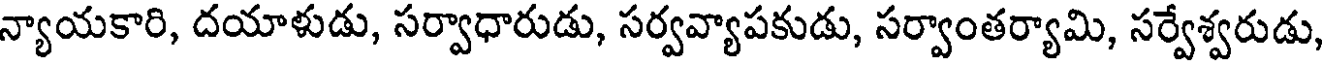
న్యాయకారి, దయాళుడు, సర్వాధారుడు, సర్వవ్యాపకుడు, సర్వాంతర్యామి, సర్వేశ్వరుడు,